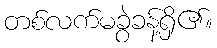
တစ်လက်မခွဲခန့်ရှိ၏။